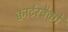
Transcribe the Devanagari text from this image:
क्वार्टरबैकों